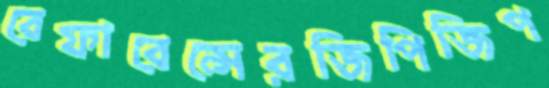
রেফারেন্সেরজিপিজিপ